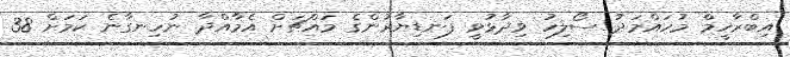
އިބްރާހީމް މުހައްމަދު ސޯލިހު ވިދާޅުވީ ފަނޑިޔާރުންގެ މައްޗަށް އެމާއްދާ ނުހިނގާނެ ކަމަށް 38